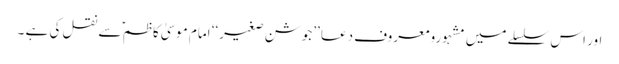
اور اس سلسلے میں مشہورو معروف دعا ’’جوشن صغیر‘‘ امام موسیٰ کاظم ؑسے نقل کی ہے ۔